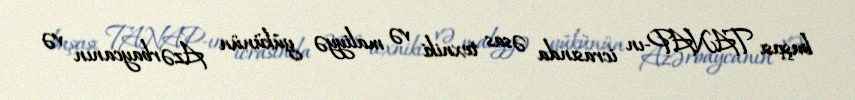
başçısı TANAP-ın icrasında əsas texniki və maliyyə yükünün Azərbaycanın və